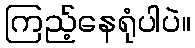
ကြည့်နေရုံပါပဲ။